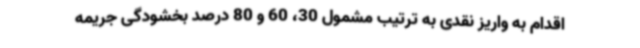
اقدام به واریز نقدی به ترتیب مشمول 30، 60 و 80 درصد بخشودگی جریمه